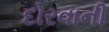
દોરવાની